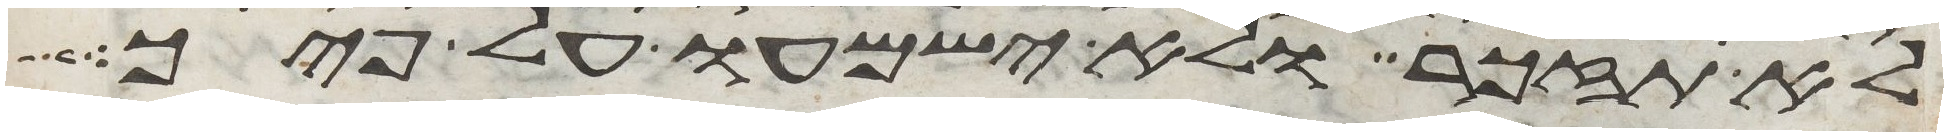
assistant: לא תזכר ולא ישמעו על פיך